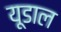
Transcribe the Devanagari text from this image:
यूडाल